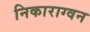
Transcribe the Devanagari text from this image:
निकाराग्वन